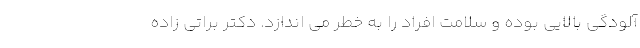
آلودگی بالایی بوده و سلامت افراد را به خطر می اندازد. دکتر براتی زاده